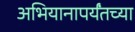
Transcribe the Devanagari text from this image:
अभियानापर्यंतच्या